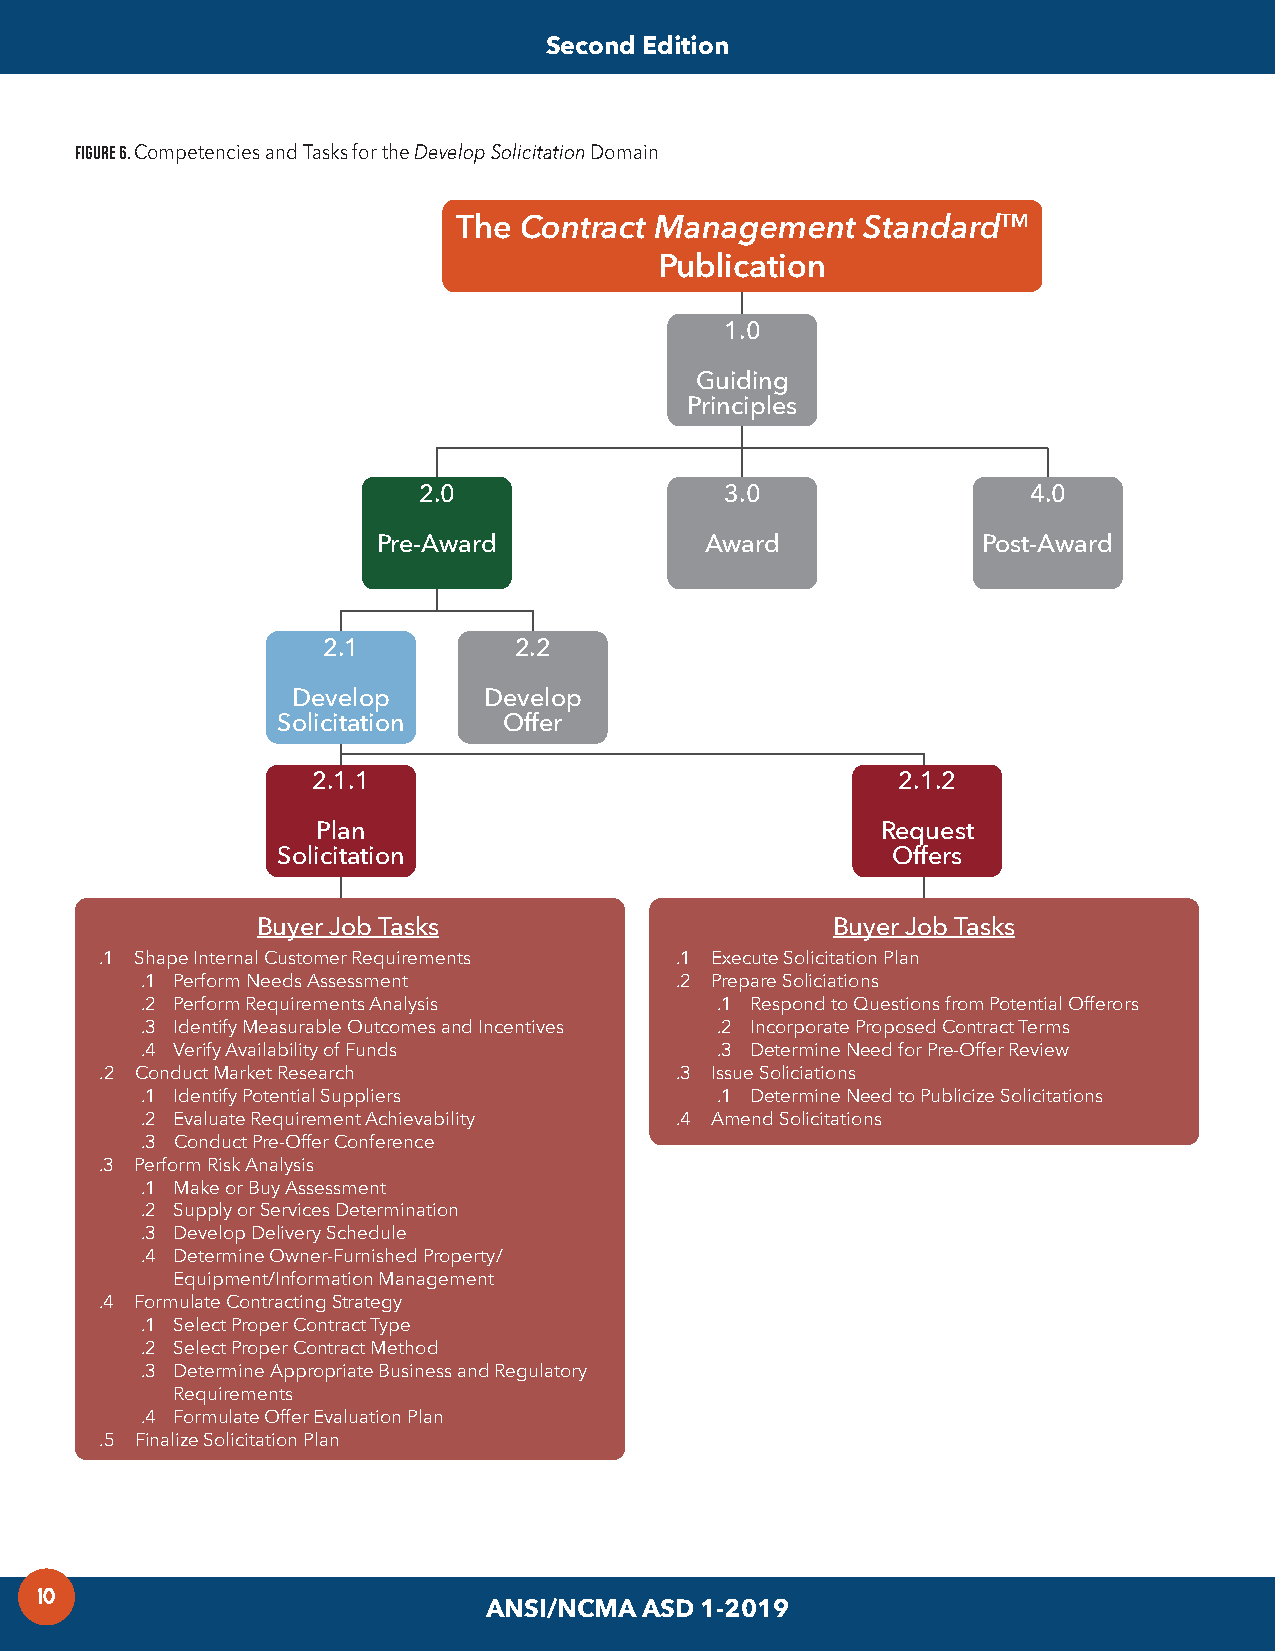
Second Edition
 FIGURE 6. Competencies and Tasks for the Develop Solicitation Domain
 The Contract Management    StandardTM
 Publication
 1.0
 Guiding
 Principles
 2.0                 3.0                 4.0
 Pre-Award             Award             Post-Award
 2.1          2.2
 Develop      Develop
 Solicitation   Offer
 2.1.1                                 2.1.2
 Plan                                 Request
 Solicitation                             Offers
 Buyer Job Tasks                       Buyer Job Tasks
 .1 Shape Internal Customer Requirements .1 Execute Solicitation Plan
 .1 Perform Needs Assessment         .2 Prepare Soliciations
 .2 Perform Requirements Analysis      .1 Respond to Questions from Potential Offerors
 .3 Identify Measurable Outcomes and Incentives .2 Incorporate Proposed Contract Terms
 .4 Verify Availability of Funds       .3 Determine Need for Pre-Offer Review
 .2 Conduct Market Research            .3 Issue Soliciations
 .1 Identify Potential Suppliers       .1 Determine Need to Publicize Solicitations
 .2 Evaluate Requirement Achievability .4 Amend Solicitations
 .3 Conduct Pre-Offer Conference
 .3 Perform Risk Analysis
 .1 Make or Buy Assessment
 .2 Supply or Services Determination
 .3 Develop Delivery Schedule
 .4 Determine Owner-Furnished Property/
 Equipment/Information Management
 .4 Formulate Contracting Strategy
 .1 Select Proper Contract Type
 .2 Select Proper Contract Method
 .3 Determine Appropriate Business and Regulatory
 Requirements
 .4 Formulate Offer Evaluation Plan
 .5 Finalize Solicitation Plan
 10
 ANSI/NCMA ASD 1-2019